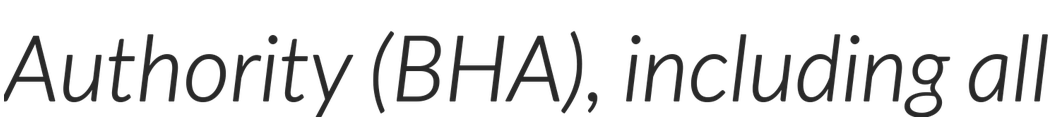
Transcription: Authority (BHA), including all